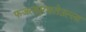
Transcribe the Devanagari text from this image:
फजलपुरफतेउल्ला